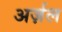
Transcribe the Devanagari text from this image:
अर्ज़ल